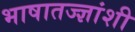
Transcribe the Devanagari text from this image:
भाषातज्ज्ञांशी